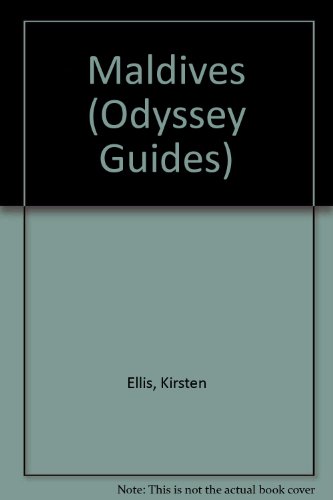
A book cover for Maldives (Odyssey Guides); Kirsten Ellis; Travel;